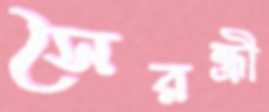
সৈরন্ধ্রী